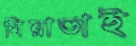
মিয়াভাই